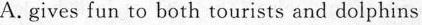
A. gives fun to both tourists and dolphins